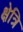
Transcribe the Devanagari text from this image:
क्षेत्रि